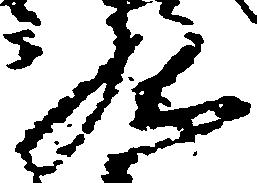
九